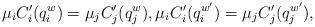
LaTeX: \begin{align*}\mu_iC'_i(q_i^w)=\mu_jC'_j(q_j^w),\mu_iC'_i(q_i^{w'})=\mu_jC'_j(q_j^{w'}),\end{align*}